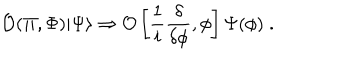
LaTeX: { \cal O } ( \Pi , \Phi ) | \Psi \rangle \Rightarrow { \cal O } \left[ \frac { 1 } { i } \frac { \delta } { \delta \phi } , \phi \right] \Psi ( \phi ) \; .